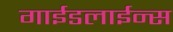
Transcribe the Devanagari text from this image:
गाईडलाईन्स